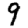
Digit: 9